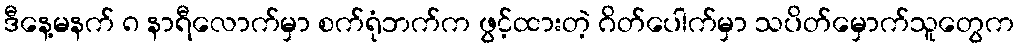
ဒီနေ့မနက် ၈ နာရီလောက်မှာ စက်ရုံဘက်က ဖွင့်ထားတဲ့ ဂိတ်ပေါက်မှာ သပိတ်မှောက်သူတွေက